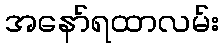
အနော်ရထာလမ်း